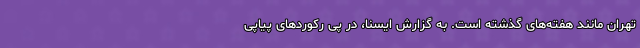
تهران مانند هفته‌های گذشته است. به گزارش ایسنا، در پی رکوردهای پیاپی